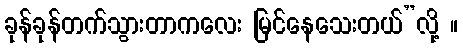
ခုန်ခုန်တက်သွားတာကလေး မြင်နေသေးတယ်”လို့ ။